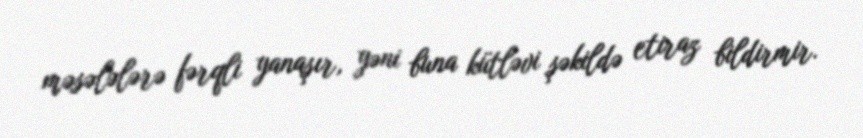
məsələlərə fərqli yanaşır, yəni buna kütləvi şəkildə etiraz bildirmir.